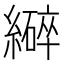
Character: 𫄆